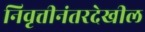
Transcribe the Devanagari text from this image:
निवृत्तीनंतरदेखील